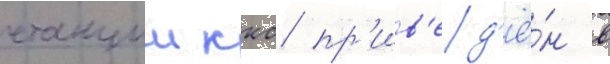
станции ккс пр'ив'ед'ё́н в